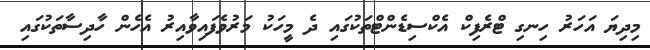
މިދިޔަ އަހަރު ހިނގި ޓްރެފިކް އެކްސިޑެންޓްތަކުގައި ދެ މީހަކު މަރުވެފައިވާއިރު އެހެން ހާދިސާތަކުގައި